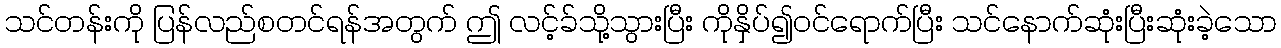
သင်တန်းကို ပြန်လည်စတင်ရန်အတွက် ဤ လင့်ခ်သို့သွားပြီး ကိုနှိပ်၍ဝင်ရောက်ပြီး သင်နောက်ဆုံးပြီးဆုံးခဲ့သော